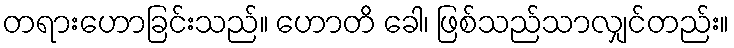
တရားဟောခြင်းသည်။ ဟောတိ ခေါ၊ ဖြစ်သည်သာလျှင်တည်း။